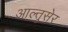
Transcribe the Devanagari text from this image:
आल्तुसेर